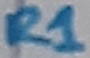
Text: R1